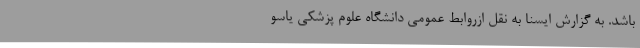
باشد. به گزارش ایسنا به نقل ازروابط عمومی دانشگاه علوم پزشکی یاسو